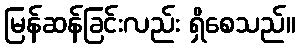
မြန်ဆန်ခြင်းလည်း ရှိစေသည်။